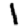
Digit: 1